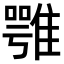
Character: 𩀇